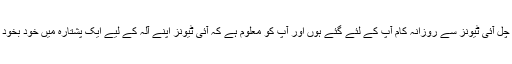
آپ کے کمپیوٹر پر چل آئی ٹیونز سے روزانہ کام آپ کے لئے گئے ہوں اور آپ کو معلوم ہے کہ آئی ٹیونز اپنے آلہ کے لیے ایک پشتارہ میں خود بخود پیدا کر سکتے ہیں ۔